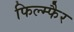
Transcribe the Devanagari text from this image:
फिल्म्फैर